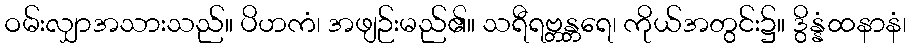
ဝမ်းလျှာအသားသည်။ ပိဟကံ၊ အဖျဉ်းမည်၏။ သရီရဗ္တန္တရေ၊ ကိုယ်အတွင်း၌။ ဒွိန္နံထနာနံ၊